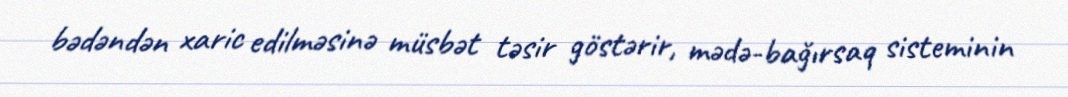
bədəndən xaric edilməsinə müsbət təsir göstərir, mədə-bağırsaq sisteminin